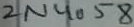
Text: 2N4058